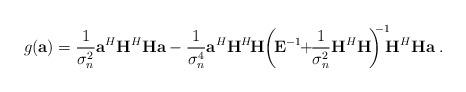
LaTeX: \begin{align*}g(\mathbf{a})=\frac{1}{\sigma_n^2}\mathbf{a}^H\mathbf{H}^H\mathbf{H}\mathbf{a}-\frac{1}{\sigma_n^4}\mathbf{a}^H\mathbf{H}^H\!\mathbf{H}\!\left(\!\mathbf{E}^{-1}\!\!+\!\!\frac{1}{\sigma^2_n}\mathbf{H}^H\mathbf{H}\!\right)^{\!\!\!-1}\!\!\!\mathbf{H}^H\mathbf{H}\mathbf{a}\;.\end{align*}